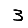
Digit: 3